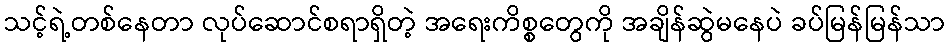
သင့်ရဲ့တစ်နေတာ လုပ်ဆောင်စရာရှိတဲ့ အရေးကိစ္စတွေကို အချိန်ဆွဲမနေပဲ ခပ်မြန်မြန်သာ